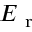
E _ { \mathrm { ~ r ~ } }